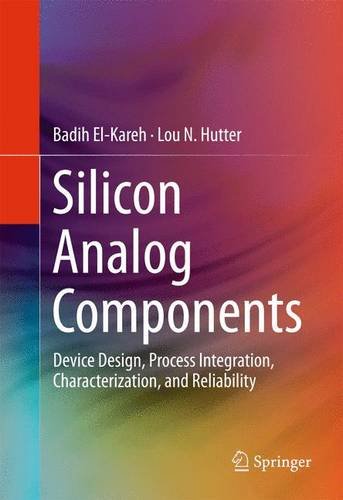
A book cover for Silicon Analog Components: Device Design, Process Integration, Characterization, and Reliability; Badih El-Kareh; Science & Math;